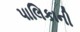
પાલિકાની